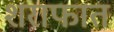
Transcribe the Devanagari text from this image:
शराफात